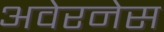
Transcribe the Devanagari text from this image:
अवेरनेस